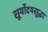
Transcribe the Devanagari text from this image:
सूर्योदयसुद्धा